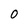
Character: 0